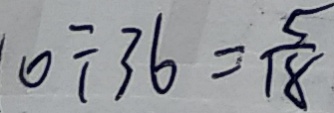
0 \div 3 6 = \frac { 5 } { 1 8 }